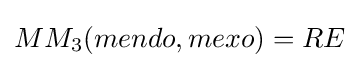
MM_{3}(mendo,mexo)=RE